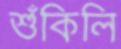
শুঁকিলি